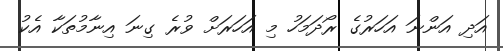
އަދި އަންނަ އަހަރުގެ ރޯދަމަހު މި އަހަރަށް ވުރެ ގިނަ އިނާމުތަކާ އެކު